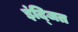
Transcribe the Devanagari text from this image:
इंद्जित